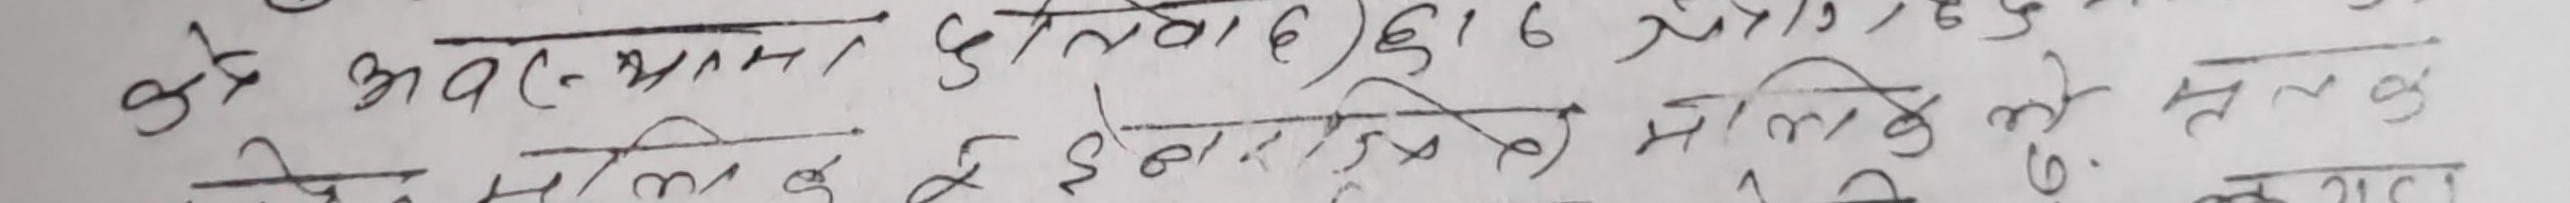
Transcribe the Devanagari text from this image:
के अव (अ.) मान हतवाद) ६ १६ येति /163
तेन मालिक इ. इनार विनिमाय मालि के तेल क. 6.
सेलाच